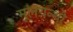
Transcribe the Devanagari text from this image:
मूलग्रन्थो